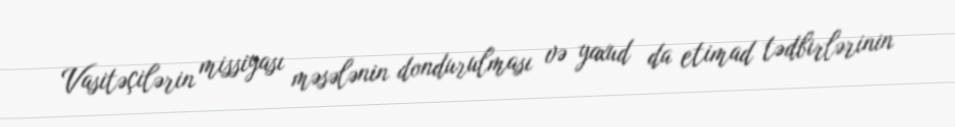
Vasitəçilərin missiyası məsələnin dondurulması və yaxud da etimad tədbirlərinin